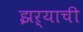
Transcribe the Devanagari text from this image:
झऱ्याची